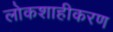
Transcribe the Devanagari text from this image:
लोकशाहीकरण